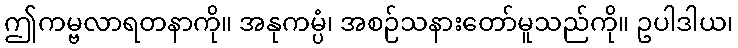
ဤကမ္ဗလာရတနာကို။ အနုကမ္ပံ၊ အစဉ်သနားတော်မူသည်ကို။ ဥပါဒါယ၊